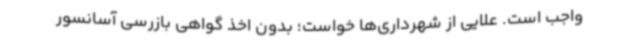
واجب است. علایی از شهرداری‌ها خواست؛ بدون اخذ گواهی بازرسی آسانسور